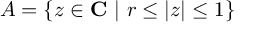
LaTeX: A = \left\{ z \in { \bf C } \ | \ r \le | z | \le 1 \right\}